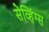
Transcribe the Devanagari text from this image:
सेव्हिंग्स